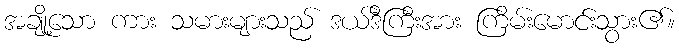
အချို့သော ကား သမားများသည် ဒယ်ဒီကြီးအား ကြိမ်းမောင်းသွား၏။